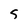
Character: S